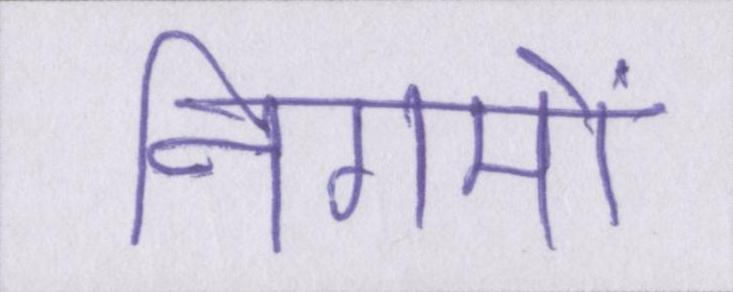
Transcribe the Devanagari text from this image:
निगमों